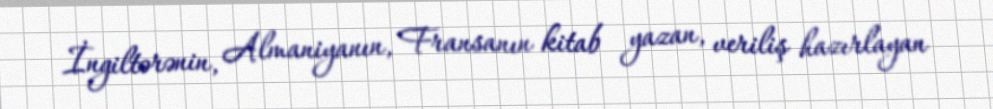
İngiltərənin, Almaniyanın, Fransanın kitab yazan, veriliş hazırlayan